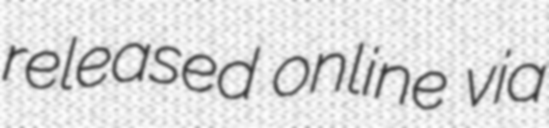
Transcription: released online via